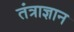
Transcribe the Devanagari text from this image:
तंत्राज्ञान